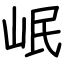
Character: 岷